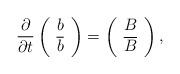
LaTeX: \begin{align*}\frac{\partial}{\partial t}\left(\begin{array}{cc} b \\ {\overline b} \end{array}\right)=\left(\begin{array}{cc} B\\{\overline B} \end{array}\right),\end{align*}